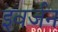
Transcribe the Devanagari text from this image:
इवर्जन